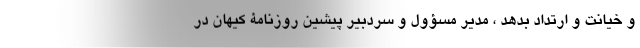
و خیانت و ارتداد بدهد ، مدیر مسؤول و سردبیر پیشین روزنامۀ کیهان در